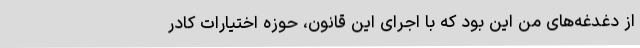
از دغدغه‌های من این بود که با اجرای این قانون، حوزه اختیارات کادر